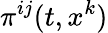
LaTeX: \pi^{ij}(t,x^{k})